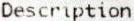
DESCRIPTION